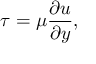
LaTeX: \tau = \mu { \frac { \partial u } { \partial y } } ,